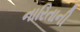
નારિતાની